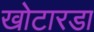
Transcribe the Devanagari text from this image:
खोटारडा